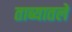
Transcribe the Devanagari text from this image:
ताब्यातले